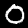
Digit: 0